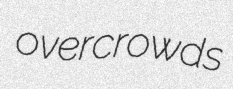
overcrowds